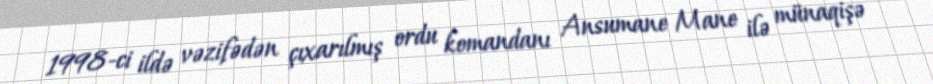
1998-ci ildə vəzifədən çıxarılmış ordu komandanı Ansumane Mane ilə münaqişə